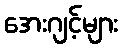
အေးဂျင့်များ